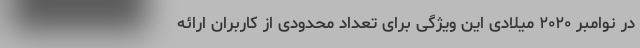
در نوامبر ۲۰۲۰ میلادی این ویژگی برای تعداد محدودی از کاربران ارائه